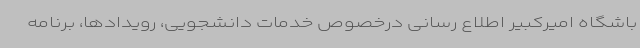
باشگاه امیرکبیر اطلاع رسانی درخصوص خدمات دانشجویی، رویدادها، برنامه